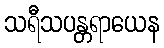
သရီသပန္တရာယေန